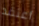
أعتقد